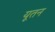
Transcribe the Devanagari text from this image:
यूतन